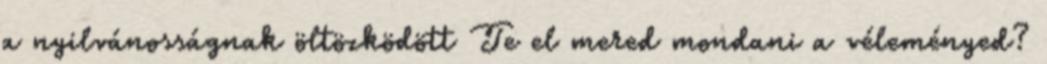
a nyilvánosságnak öltözködött Te el mered mondani a véleményed?